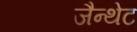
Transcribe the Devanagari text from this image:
जैन्थेट